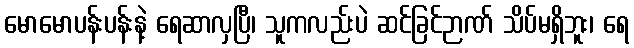
မောမောပန်းပန်းနဲ့ ရေဆာလှပြီ၊ သူကလည်းပဲ ဆင်ခြင်ဉာဏ် သိပ်မရှိဘူး၊ ရေ